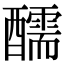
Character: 醹